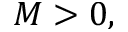
M > 0 ,